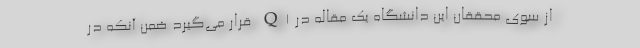
از سوی محققان این دانشگاه یک مقاله در Q1 قرار می‌گیرد ضمن آنکه در